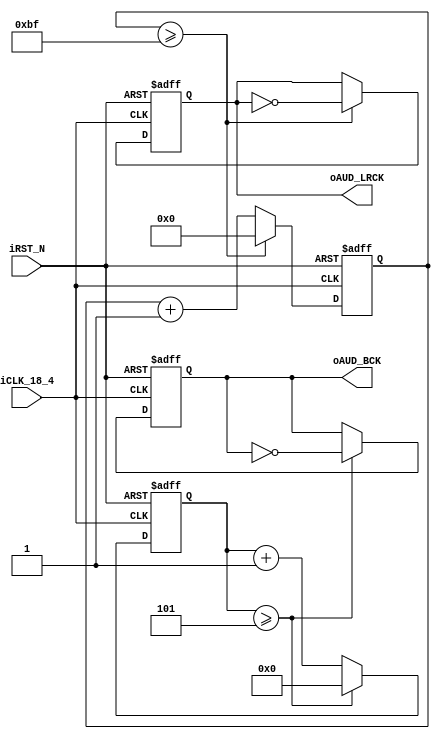
module AUDIO_DAC (	//	Memory Side

					//	Audio Side
					oAUD_BCK,
					oAUD_LRCK,
					//	Control Signals

				    iCLK_18_4,
					iRST_N	);				

parameter	REF_CLK			=	16934400;	//	18.432	MHz
parameter	SAMPLE_RATE		=	44100;		//	48		KHz
parameter	DATA_WIDTH		=	16;			//	16		Bits
parameter	CHANNEL_NUM		=	2;			//	Dual Channel



//	Audio Side
//output			oAUD_DATA;
output			oAUD_LRCK;
output	reg		oAUD_BCK;
//	Control Signals

input			iCLK_18_4;
input			iRST_N;
//	Internal Registers and Wires
reg		[3:0]	BCK_DIV;
reg		[8:0]	LRCK_1X_DIV;
reg		[7:0]	LRCK_2X_DIV;
reg		[6:0]	LRCK_4X_DIV;

reg							LRCK_1X;
reg							LRCK_2X;
reg							LRCK_4X;

////////////	AUD_BCK Generator	//////////////
always@(posedge iCLK_18_4 or negedge iRST_N)
begin
	if(!iRST_N)
	begin
		BCK_DIV		<=	0;
		oAUD_BCK	<=	0;
	end
	else
	begin
		if(BCK_DIV >= REF_CLK/(SAMPLE_RATE*DATA_WIDTH*CHANNEL_NUM*2)-1 )
		begin
			BCK_DIV		<=	0;
			oAUD_BCK	<=	~oAUD_BCK;
		end
		else
		BCK_DIV		<=	BCK_DIV+1'b1;
	end
end
//////////////////////////////////////////////////
////////////	AUD_LRCK Generator	//////////////
always@(posedge iCLK_18_4 or negedge iRST_N)
begin
	if(!iRST_N)
	begin
		LRCK_1X_DIV	<=	0;
		LRCK_2X_DIV	<=	0;
		LRCK_4X_DIV	<=	0;
		LRCK_1X		<=	0;
		LRCK_2X		<=	0;
		LRCK_4X		<=	0;
	end
	else
	begin
		//	LRCK 1X
		if(LRCK_1X_DIV >= REF_CLK/(SAMPLE_RATE*2)-1 )
		begin
			LRCK_1X_DIV	<=	0;
			LRCK_1X	<=	~LRCK_1X;
		end
		else
		LRCK_1X_DIV		<=	LRCK_1X_DIV+1'b1;
		//	LRCK 2X
		if(LRCK_2X_DIV >= REF_CLK/(SAMPLE_RATE*4)-1 )
		begin
			LRCK_2X_DIV	<=	0;
			LRCK_2X	<=	~LRCK_2X;
		end
		else
		LRCK_2X_DIV		<=	LRCK_2X_DIV+1'b1;		
		//	LRCK 4X
		if(LRCK_4X_DIV >= REF_CLK/(SAMPLE_RATE*8)-1 )
		begin
			LRCK_4X_DIV	<=	0;
			LRCK_4X	<=	~LRCK_4X;
		end
		else
		LRCK_4X_DIV		<=	LRCK_4X_DIV+1'b1;		
	end
end
assign	oAUD_LRCK	=	LRCK_1X;

endmodule